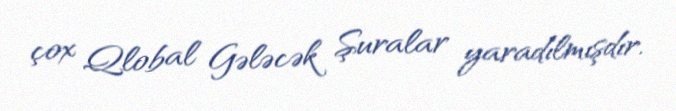
çox Qlobal Gələcək Şuralar yaradılmışdır.